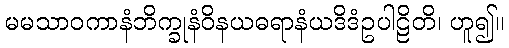
မမသာဝကာနံဘိက္ခုနံဝိနယဓရာနံယဒိဒံဥပါဠိတိ၊ ဟူ၍။